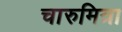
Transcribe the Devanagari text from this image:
चारुमित्रा